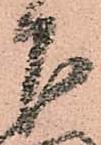
下